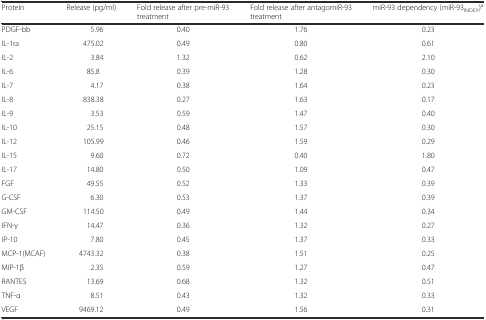
<table><thead><tr><td><b>Protein</b></td><td><b>Release (pg/ml)</b></td><td><b>Fold release after pre-miR-93 treatment</b></td><td><b>Fold release after antagomiR-93 treatment</b></td><td><b>miR-93 dependency (miR-93<sub>INDEX</sub>)<sup>a</sup></b></td></tr></thead><tbody><tr><td>PDGF-bb</td><td>5.96</td><td>0.40</td><td>1.76</td><td>0.23</td></tr><tr><td>IL-1ra</td><td>475.02</td><td>0.49</td><td>0.80</td><td>0.61</td></tr><tr><td>IL-2</td><td>3.84</td><td>1.32</td><td>0.62</td><td>2.10</td></tr><tr><td>IL-6</td><td>85.8</td><td>0.39</td><td>1.28</td><td>0.30</td></tr><tr><td>IL-7</td><td>4.17</td><td>0.38</td><td>1.64</td><td>0.23</td></tr><tr><td>IL-8</td><td>838.38</td><td>0.27</td><td>1.63</td><td>0.17</td></tr><tr><td>IL-9</td><td>3.53</td><td>0.59</td><td>1.47</td><td>0.40</td></tr><tr><td>IL-10</td><td>25.15</td><td>0.48</td><td>1.57</td><td>0.30</td></tr><tr><td>IL-12</td><td>105.99</td><td>0.46</td><td>1.59</td><td>0.29</td></tr><tr><td>IL-15</td><td>9.60</td><td>0.72</td><td>0.40</td><td>1.80</td></tr><tr><td>IL-17</td><td>14.80</td><td>0.50</td><td>1.09</td><td>0.47</td></tr><tr><td>FGF</td><td>49.55</td><td>0.52</td><td>1.33</td><td>0.39</td></tr><tr><td>G-CSF</td><td>6.30</td><td>0.53</td><td>1.37</td><td>0.39</td></tr><tr><td>GM-CSF</td><td>114.50</td><td>0.49</td><td>1.44</td><td>0.34</td></tr><tr><td>IFN-γ</td><td>14.47</td><td>0.36</td><td>1.32</td><td>0.27</td></tr><tr><td>IP-10</td><td>7.80</td><td>0.45</td><td>1.37</td><td>0.33</td></tr><tr><td>MCP-1(MCAF)</td><td>4743.32</td><td>0.38</td><td>1.51</td><td>0.25</td></tr><tr><td>MIP-1β</td><td>2.35</td><td>0.59</td><td>1.27</td><td>0.47</td></tr><tr><td>RANTES</td><td>13.69</td><td>0.68</td><td>1.32</td><td>0.51</td></tr><tr><td>TNF-α</td><td>8.51</td><td>0.43</td><td>1.32</td><td>0.33</td></tr><tr><td>VEGF</td><td>9469.12</td><td>0.49</td><td>1.56</td><td>0.31</td></tr></tbody></table>